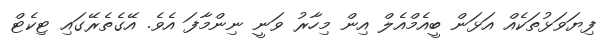
ފިޔަވަޅުތަކެއް އަޅަން ބީއެމްއެލް އިން މިހާރު ވަނީ ނިންމާފަ އެވެ. އޭގެތެރޭގައި ޓިކެޓް